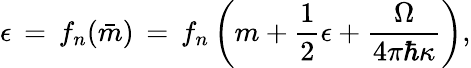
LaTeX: \epsilon\, =\, f_{n}(\bar{m})\, =\, f_{n}\left(m+{\frac{1}{2}}\epsilon+{\frac{\Omega}{4\pi\hbar\kappa}}\right),